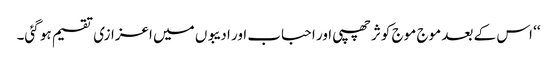
‘‘ اس کے بعد موج موج کوثر چھپی اور احباب اور ادیبوں میں اعزازی تقسیم ہو گئی۔